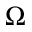
\Omega